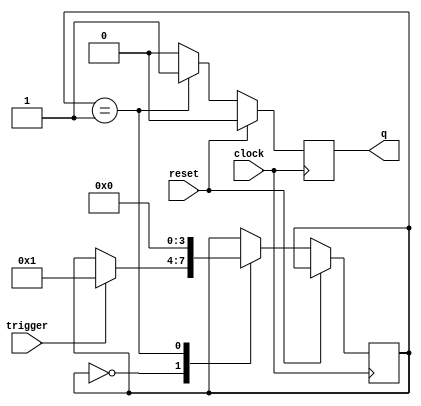
//////////////////////////////////////////////////////////////////
//    IonControl 1.0:  Copyright 2016 Sandia Corporation              
//    This Software is released under the GPL license detailed    
//    in the file "license.txt" in the top-level pyGSTi directory 
//////////////////////////////////////////////////////////////////

module teststate( 
	input wire clock, 
	input wire reset, 
	input wire trigger, 
	output reg q=0 );

reg tmp;

reg [3:0] state = 0;


always @(posedge clock) 
begin
	if (reset) begin
		q <= 0;
	end else begin
		q <= 0;
		
		case (state)
			4'h0: begin
						if (trigger) state <= 4'h1;
					end
			4'h1: begin
						q <= 1;
						state <= 4'h0;
					end
		endcase
	
	end
	
end

endmodule